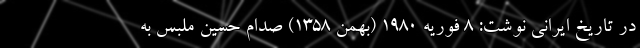
در تاریخ ایرانی نوشت: ۸ فوریه ۱۹۸۰ (بهمن ۱۳۵۸) صدام حسین ملبس به